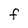
Character: f